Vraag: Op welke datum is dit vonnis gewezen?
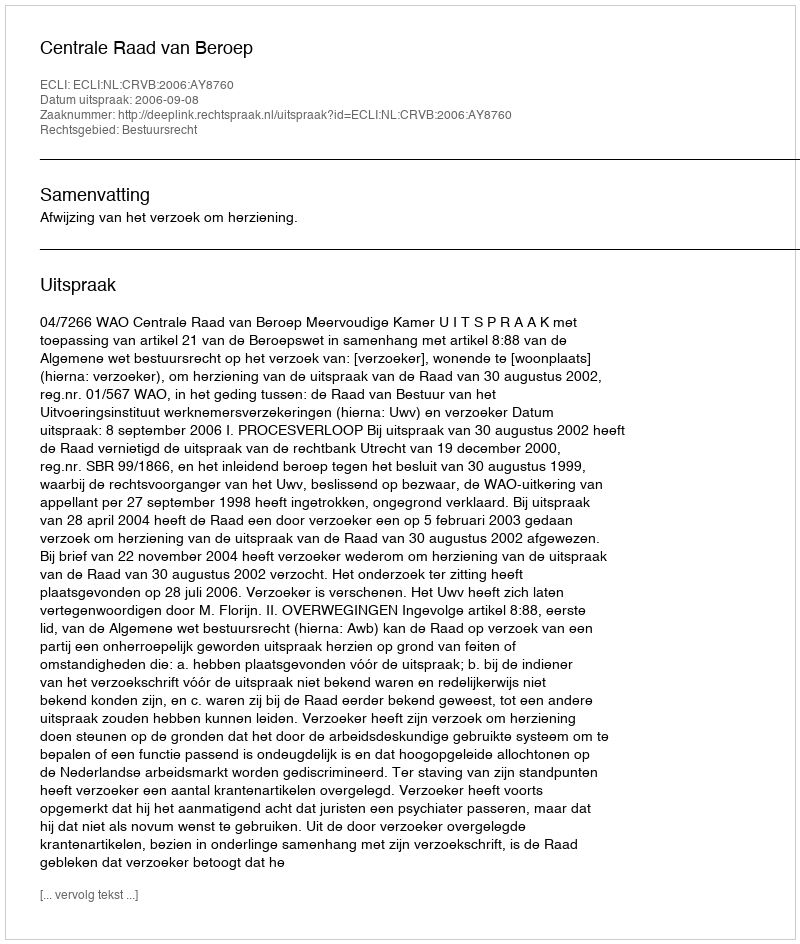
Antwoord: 2006-09-08